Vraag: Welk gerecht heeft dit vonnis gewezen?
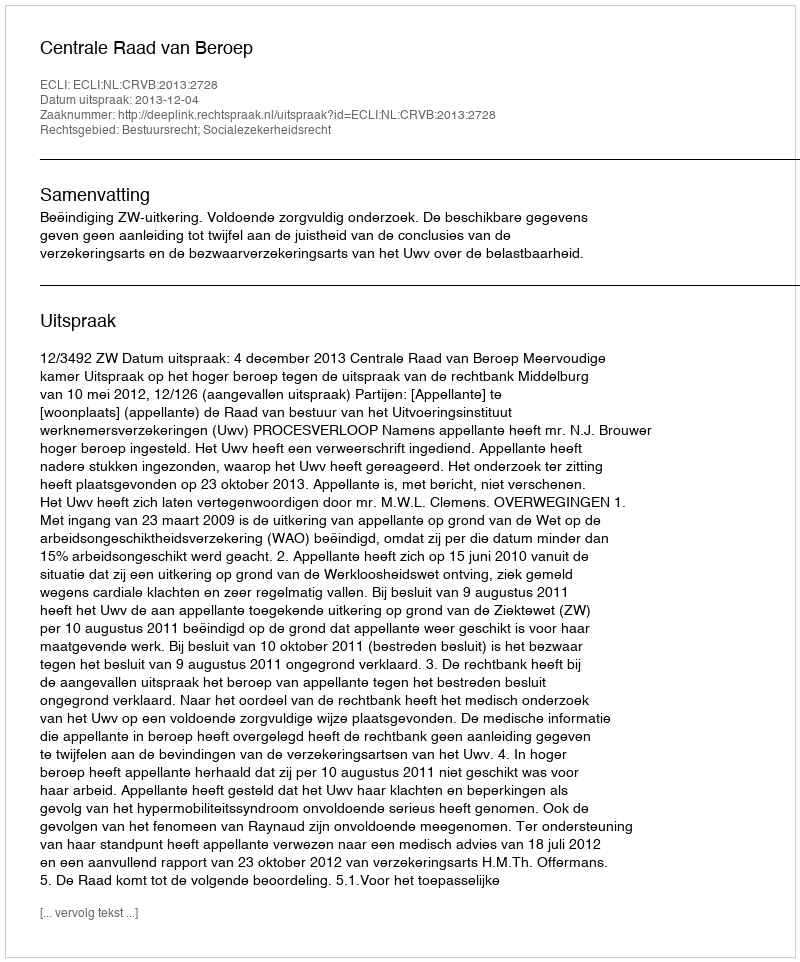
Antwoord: Centrale Raad van Beroep